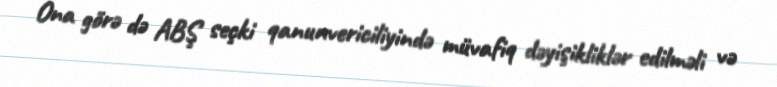
Ona görə də ABŞ seçki qanunvericiliyində müvafiq dəyişikliklər edilməli və